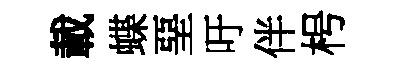
載蝶堊吁伴枵